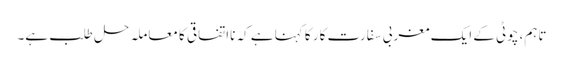
تاہم، چوٹی کے ایک مغربی سفارت کار کا کہنا ہے کہ نااتفاقی کا معاملہ حل طلب ہے۔